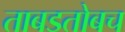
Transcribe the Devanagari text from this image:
ताबडतोबच